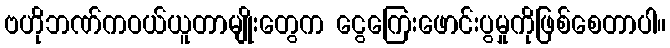
ဗဟိုဘဏ်ကဝယ်ယူတာမျိုးတွေက ငွေကြေးဖောင်းပွမှုကိုဖြစ်စေတာပါ။